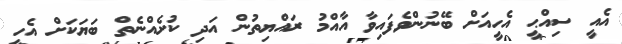
އެއީ ސިއްޙީ އެހީއަށް ބޭނުންވެފައިވާ އާއްމު ރައްޔިތުން އަދި ކުށެއްނެތް ބަޔަކަށް އެހީ